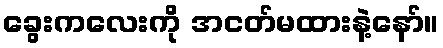
ခွေးကလေးကို အငတ်မထားနဲ့နော်။